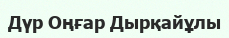
Дүр Оңғар Дырқайұлы